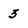
Character: 3